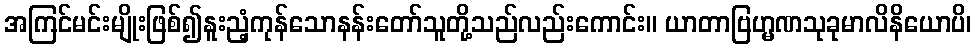
အကြင်မင်းမျိုးဖြစ်၍နူးညံ့ကုန်သောနန်းတော်သူတို့သည်လည်းကောင်း။ ယာတာဗြဟ္မဏသုခုမာလိနိယောပိ၊